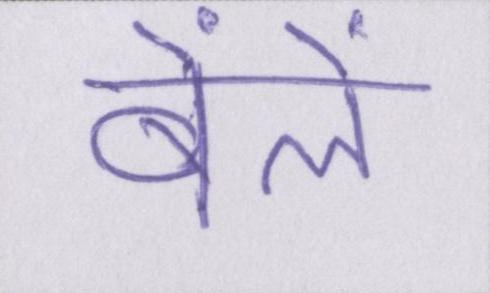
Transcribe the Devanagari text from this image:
बेंलें